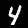
Digit: 4